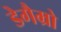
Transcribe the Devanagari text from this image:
डेगैम्रो